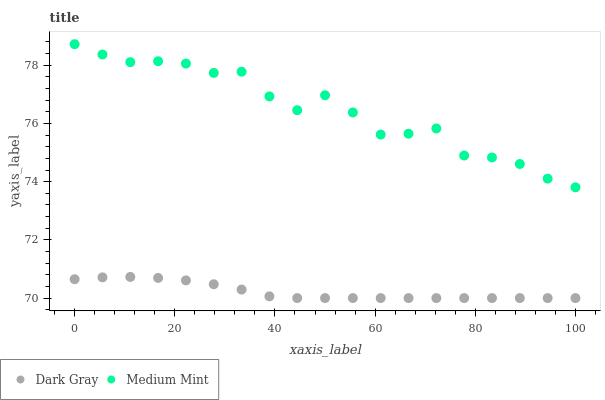
| xaxis_label | Dark Gray | Medium Mint |
 | --- | --- | --- |
 | 0 | 70.6 | 78.7 |
 | 5.56 | 70.7 | 78.4 |
 | 11.1 | 70.7 | 78.1 |
 | 16.7 | 70.7 | 78.1 |
 | 22.2 | 70.6 | 78.1 |
 | 27.8 | 70.5 | 77.7 |
 | 33.3 | 70.3 | 77.8 |
 | 38.9 | 70.1 | 76.9 |
 | 44.4 | 70 | 76.5 |
 | 50 | 70 | 77 |
 | 55.6 | 70 | 76.4 |
 | 61.1 | 70 | 75.6 |
 | 66.7 | 70 | 75.6 |
 | 72.2 | 70 | 75.8 |
 | 77.8 | 70 | 74.9 |
 | 83.3 | 70 | 74.8 |
 | 88.9 | 70 | 74.6 |
 | 94.4 | 70 | 74.1 |
 | 100 | 70 | 73.8 |